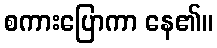
စကားပြောကာ နေ၏။